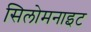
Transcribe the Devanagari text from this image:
सिलोमनाइट